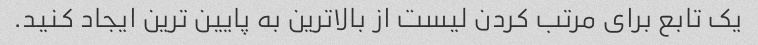
یک تابع برای مرتب کردن لیست از بالاترین به پایین ترین ایجاد کنید.